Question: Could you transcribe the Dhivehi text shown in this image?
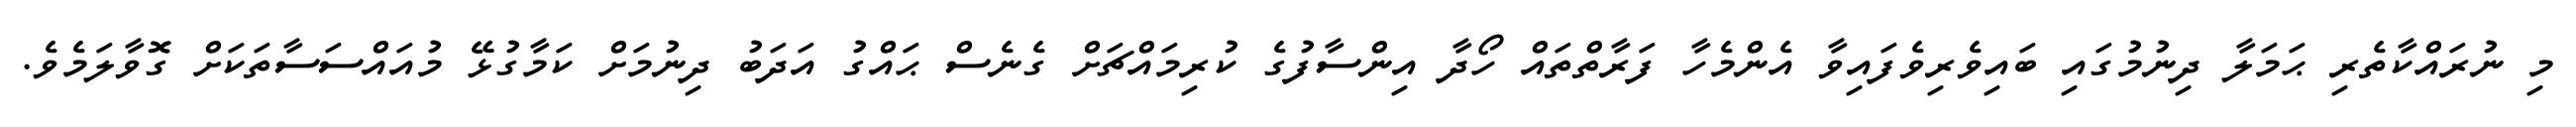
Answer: މި ނުރައްކާތެރި ޙަމަލާ ދިނުމުގައި ބައިވެރިވެފައިވާ އެންމެހާ ފަރާތްތައް ހޯދާ އިންސާފުގެ ކުރިމައްޗަށް ގެނެސް ޙައްގު އަދަބު ދިނުމަށް ކަމާގުޅޭ މުއައްސަސާތަކަށް ގޮވާލަމެވެ.